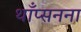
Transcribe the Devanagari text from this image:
थाँप्सनना